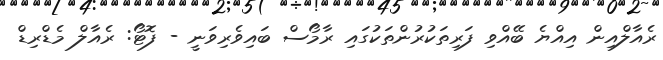
ރެއާލްއިން އިއްޔެ ބޭއްވި ފަރިތަކުރުންތަކުގައި ރާމޯސް ބައިވެރިވަނީ - ފޮޓޯ: ރެއާލް މެޑްރިޑް